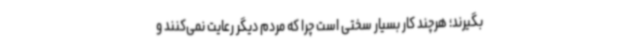
بگیرند؛ هرچند کار بسیار سختی است چرا که مردم دیگر رعایت نمی‌کنند و